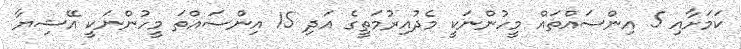
ކަމަށާއި 5 އިންސައްތައް މީހުންނަކީ މެދުއިރުމަތީގެ އަދި 15 އިންސައްތަ މީހުންނަކީ އޭޝިޔާ